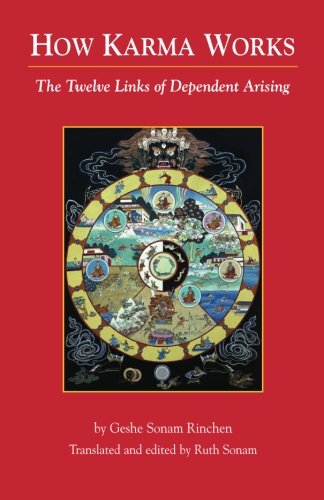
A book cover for How Karma Works: The Twelve Links Of Dependent-Arising; Geshe Sonam Rinchen; Religion & Spirituality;